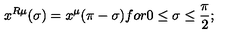
x ^ { R \mu } ( \sigma ) = x ^ { \mu } ( \pi - \sigma ) f o r 0 \leq \sigma \leq \frac { \pi } { 2 } ;